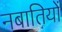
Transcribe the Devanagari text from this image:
नबातियों